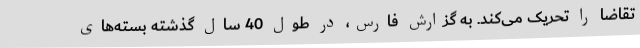
تقاضا را تحریک می‌کند. به گزارش فارس، در طول 40 سال گذشته بسته‌های